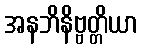
အနဘိနိဗ္ဗတ္တိယာ